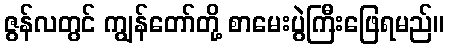
ဇွန်လတွင် ကျွန်တော်တို့ စာမေးပွဲကြီးဖြေရမည်။